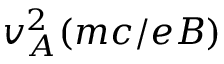
v _ { A } ^ { 2 } ( m c / e B )